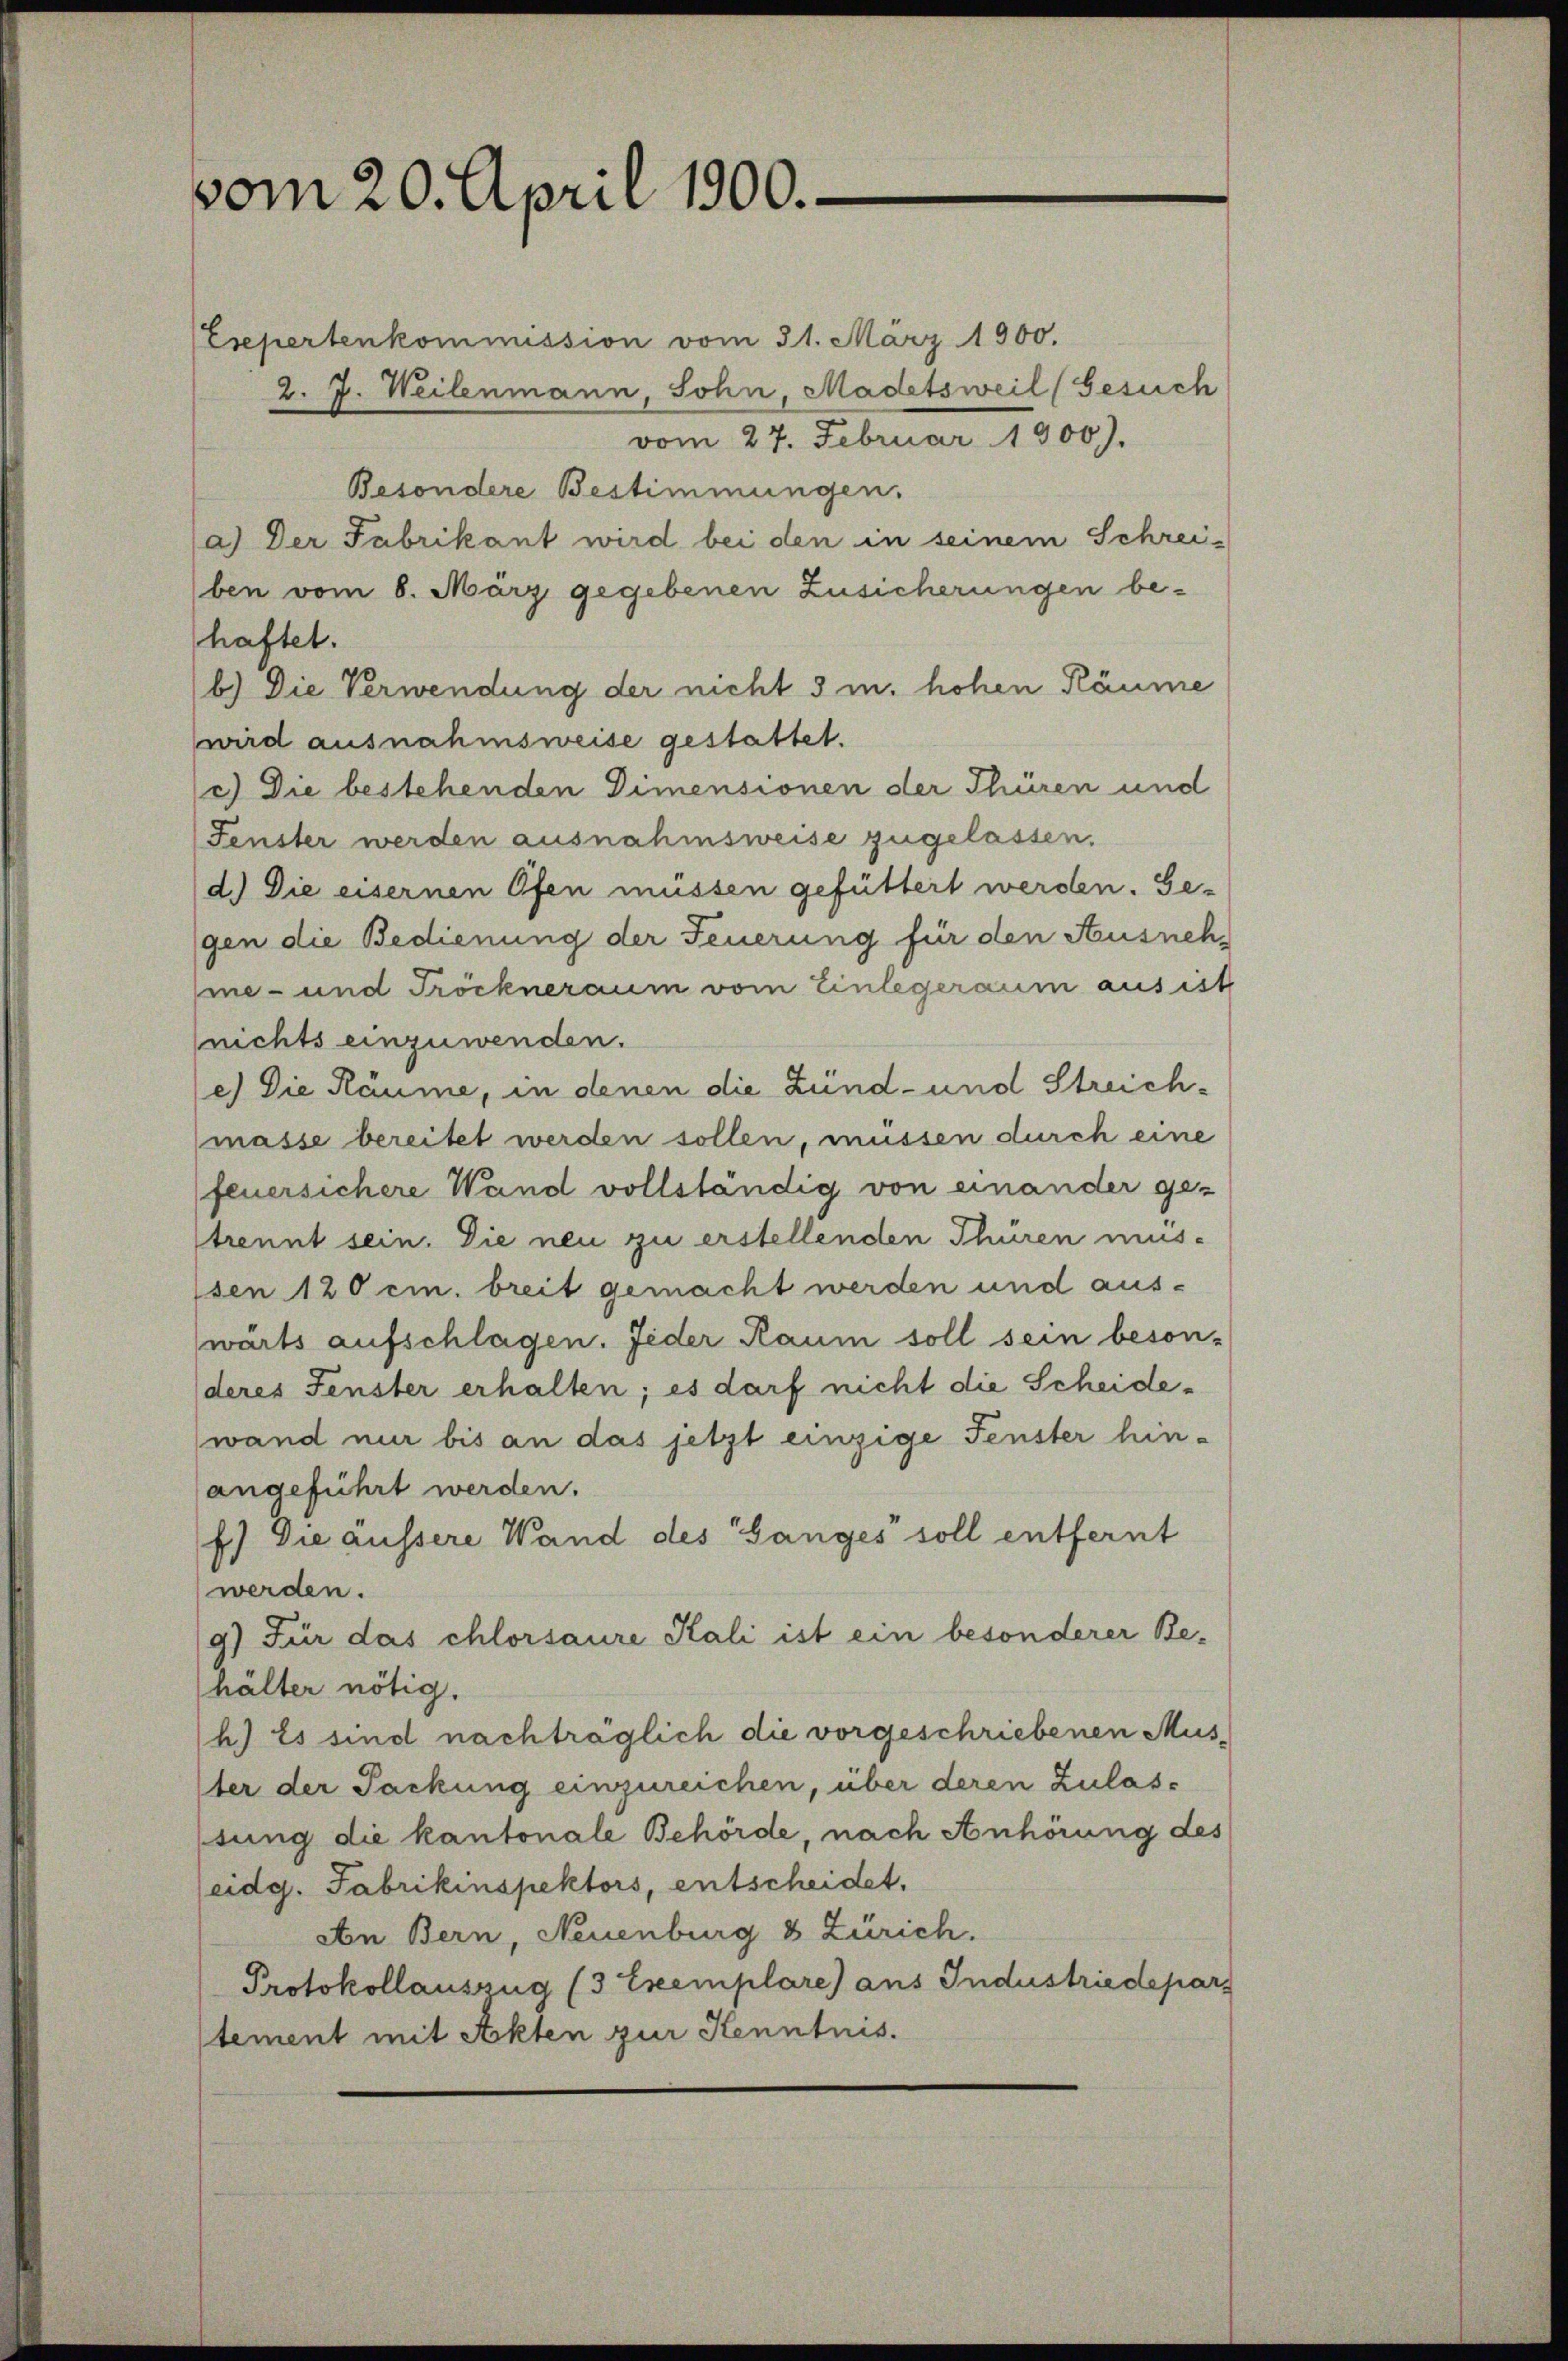
vom 20. April 1900.
Esepertenkommission vom 31. März 1900.
2. J. Weilenmann, Sohn, Madetsweil (Gesuch

vom 27. Februar 1900).
Besondere Bestimmungen.
a.) Der Fabrikant wird bei den in seinem Schrei-
ben vom 8. März gegebenen Zusicherungen behaftet.
b.) Die Verwendung der nicht 3 m. hohen Räume
wird ausnahmsweise gestattet.
c) Die bestehenden Dimensionen der Thüren und
Fenster werden ausnahmsweise zugelassen.
d.) Die eisernen Ofen müssen gefüttert werden. Ge-
gen die Bedienung der Feuerung für den Ausneh
me- und Tröckneraum vom Einlegeraum aus ist
nichts einzuwenden.
e) Die Räume, in denen die Zünd- und Streich¬
(masse bereitet werden sollen, müssen durch eine
feuersichere Wand vollständig von einander ge-
trennt sein. Die neu zu erstellenden Thuren mus-
sen 120 cm. breit gemacht werden und aus¬
(wärts aufschlagen. Jeder Raum soll sein beson-
deres Fenster erhalten; es darf nicht die Scheide-
wand nur bis an das jetzt einzige Fenster hin-
angeführt werden.
f.) Die äussere Wand des Ganges soll entfernt
werden.
9) Für das Chlorsaure Kali ist ein besonderer Behälter nötig.
h.) Es sind nachträglich die vorgeschriebenen Mus-
ter der Packung einzureichen, über deren Zulassung die kantonale Behörde, nach Anhörung des
(eidg. Fabrikinspektors, entscheidet,
Aon Bern, Neuenburg & Zürich.
Protokollauszug (3 Exemplare) aus Industriedepar
tement mit Akten zur Kenntnis.